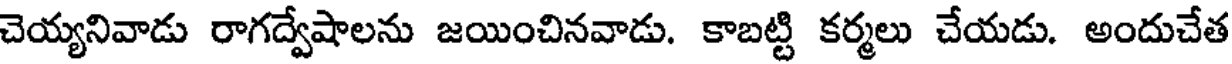
చెయ్యనివాడు రాగద్వేషాలను జయించినవాడు. కాబట్టి కర్మలు చేయడు. అందుచేత